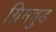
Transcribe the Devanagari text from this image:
ग्रिमवुड